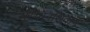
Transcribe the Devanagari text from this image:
मॅरेथॉनशिवाय